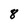
Character: 8